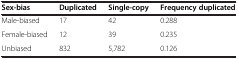
<table><thead><tr><td><b>Sex-bias</b></td><td><b>Duplicated</b></td><td><b>Single-copy</b></td><td><b>Frequency duplicated</b></td></tr></thead><tbody><tr><td>Male-biased</td><td>17</td><td>42</td><td>0.288</td></tr><tr><td>Female-biased</td><td>12</td><td>39</td><td>0.235</td></tr><tr><td>Unbiased</td><td>832</td><td>5,782</td><td>0.126</td></tr></tbody></table>